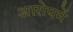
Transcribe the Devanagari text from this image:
आरोपमें